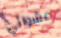
عشوائي